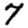
Digit: 7